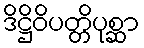
ဒိဋ္ဌိဝိပတ္တိပုစ္ဆာ